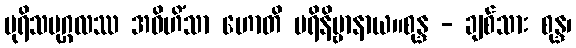
ပုရိသပုဂ္ဂလဿ အဝိဟိံသာ ဟောတိ ပရိနိဗ္ဗာနာယ။စုန္ဒ - ချစ်သား စုန္ဒ၊